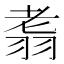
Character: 䎝